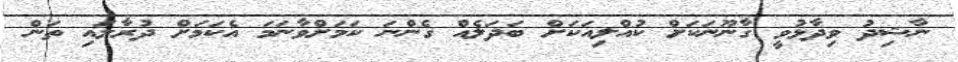
ނާޝިދު ވިދާޅުވީ ގާނޫނަކަށް ކުއްލިއަކަށް ބަދަލެއް ގެންނަ ކަމަށްވާނަމަ އެކަމަށް ދުރާލައި ތަން